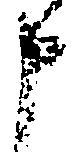
申